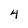
Character: 4